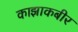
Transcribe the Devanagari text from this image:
काझाकबीर